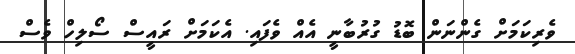
ވެރިކަމަށް ގެންނަން ބޮޑު ގުރުބާނީ އެއްް ވެފައި. އެކަމަށް ރައީސް ސޯލިހް ވެސް